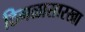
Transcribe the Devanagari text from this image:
ठिगळासारखा